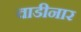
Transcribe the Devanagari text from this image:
वाडीनार